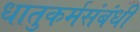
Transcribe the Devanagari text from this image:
धातुकर्मसंबंधी